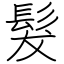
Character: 髮